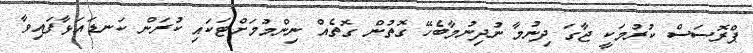
ޕްރޮސަސް ކުރުމަކީ ޖާގަ ދިނުމާ ނުދިނުމާބެހޭ ގޮތުން ގޮތެއް ނިންމުމަށްޓަކައި ކުރަން ކަނޑައަޅާފައިވާ